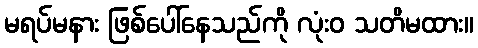
မရပ်မနား ဖြစ်ပေါ်နေသည်ကို လုံးဝ သတိမထား။